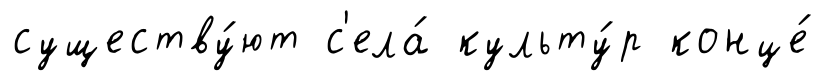
существу́ют с'ела́ культу́р конце́